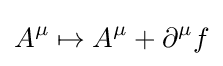
A^{\mu }\mapsto A^{\mu }+\partial ^{\mu }f